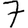
Digit: 7